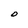
Character: O